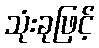
သုံးခုဖြင့်